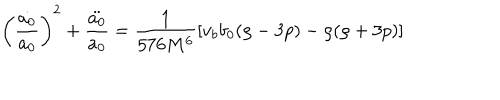
\left( \frac { \dot { a _ { 0 } } } { a _ { 0 } } \right) ^ { 2 } + \frac { \ddot { a _ { 0 } } } { a _ { 0 } } = \frac { 1 } { 5 7 6 M ^ { 6 } } \left[ v _ { b } b _ { 0 } ( \rho - 3 p ) - \rho ( \rho + 3 p ) \right]